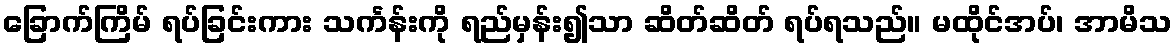
ခြောက်ကြိမ် ရပ်ခြင်းကား သင်္ကန်းကို ရည်မှန်း၍သာ ဆိတ်ဆိတ် ရပ်ရသည်။ မထိုင်အပ်၊ အာမိသ